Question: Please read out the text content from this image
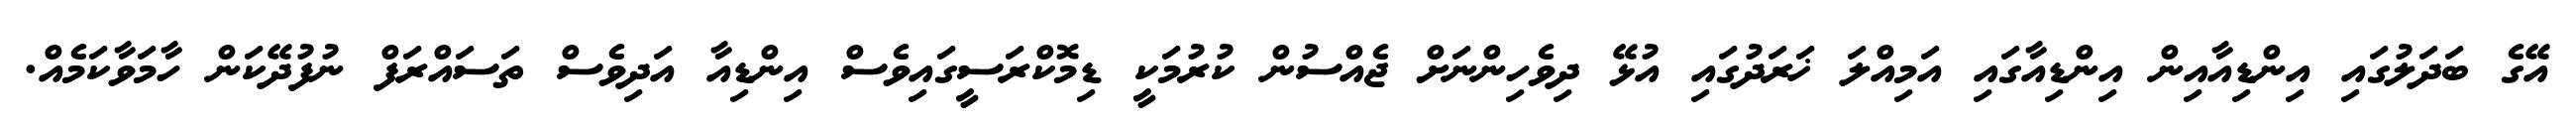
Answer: އޭގެ ބަދަލުގައި އިންޑިއާއިން އިންޑިއާގައި އަމިއްލަ ޚަރަދުގައި އުޅޭ ދިވެހިންނަށް ޖެއްސުން ކުރުމަކީ ޑިމޮކްރަސީގައިވެސް އިންޑިއާ އަދިވެސް ތަސައްރަފް ނުފުދޭކަން ހާމަވާކަމެއް.